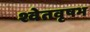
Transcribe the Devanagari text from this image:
श्वेतवृषभ